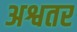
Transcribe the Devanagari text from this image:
अश्वतर